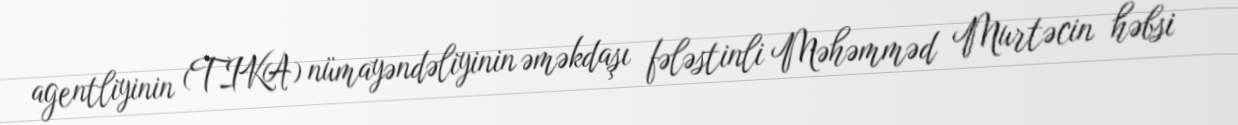
agentliyinin (TIKA) nümayəndəliyinin əməkdaşı fələstinli Məhəmməd Murtəcin həbsi